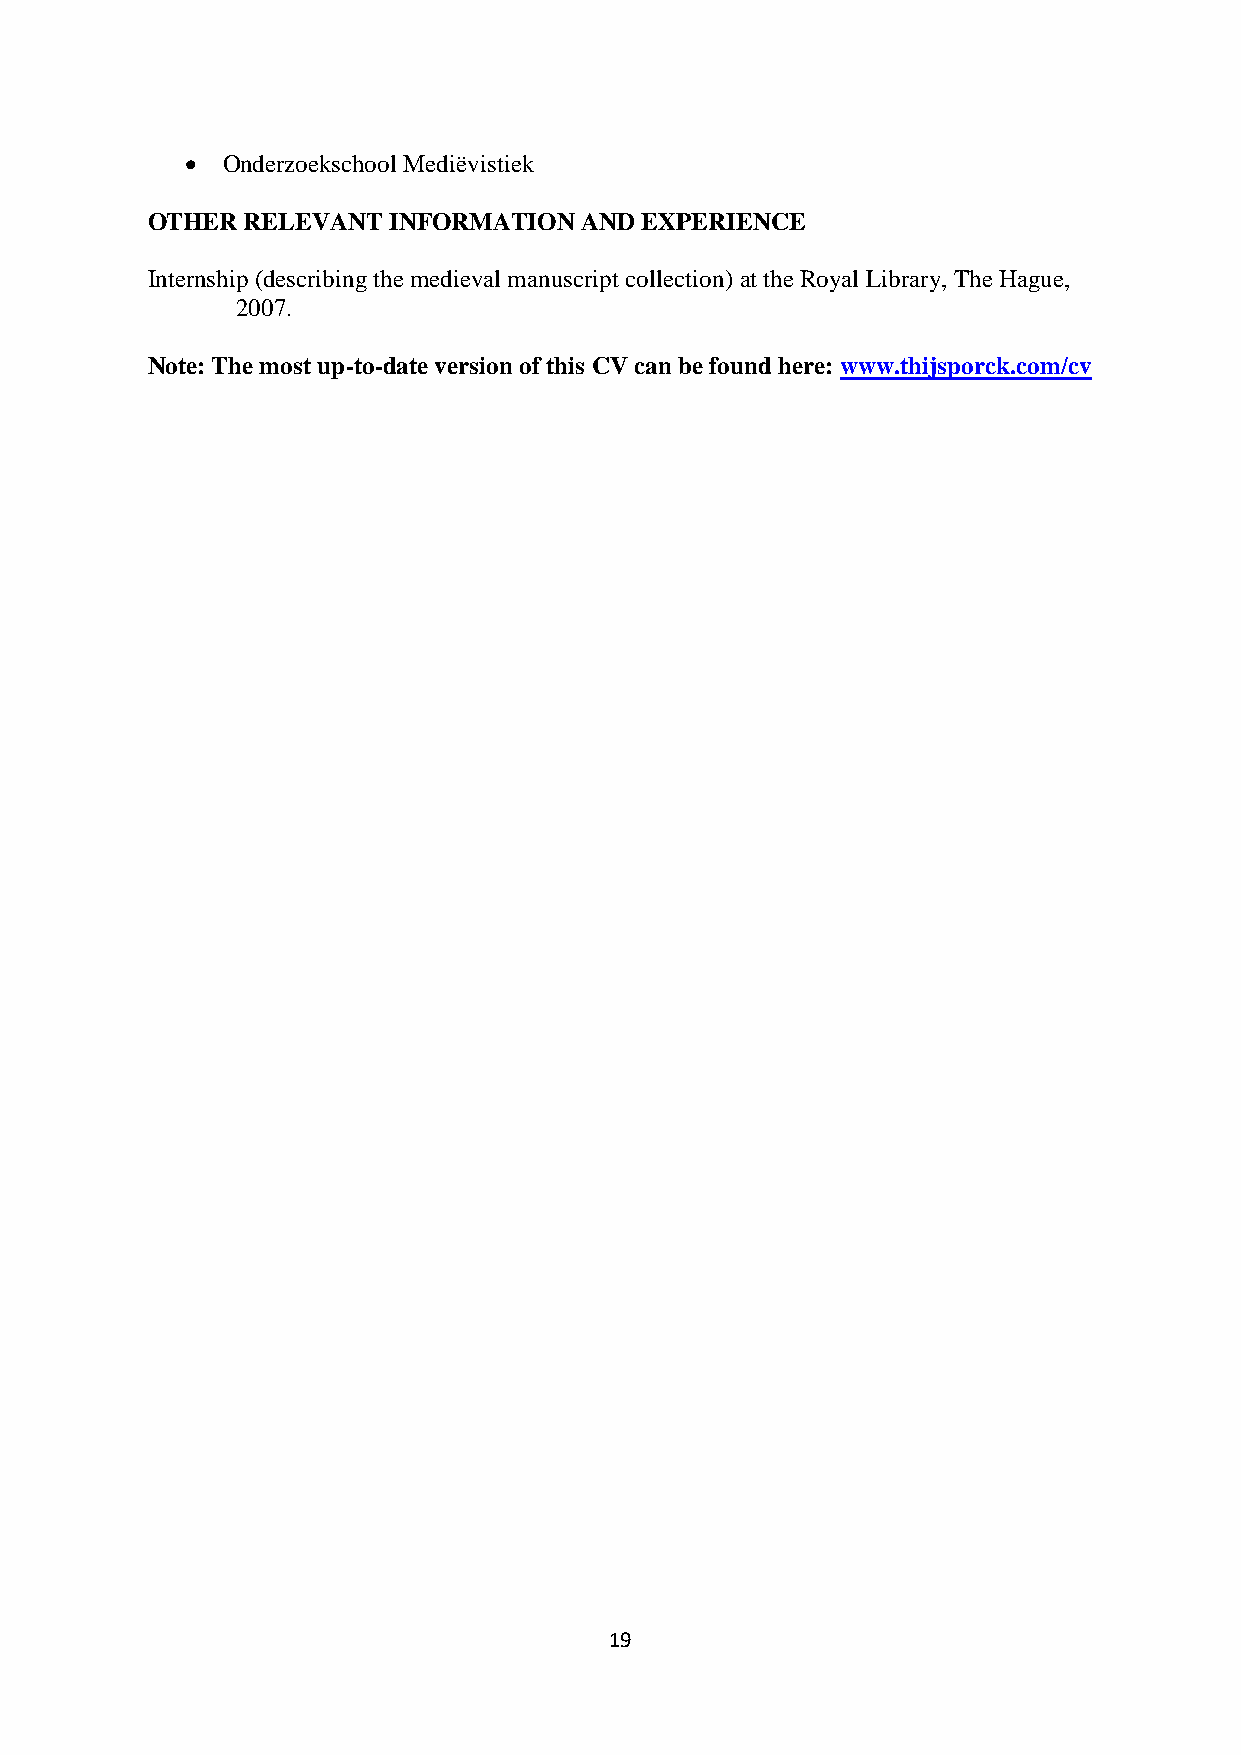
  Onderzoekschool Mediëvistiek
 OTHER RELEVANT  INFORMATION AND EXPERIENCE
 Internship (describing the medieval manuscript collection) at the Royal Library, The Hague,
 2007.
 Note: The most up-to-date version of this CV can be found here: www.thijsporck.com/cv
 19